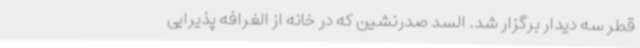
قطر سه دیدار برگزار شد. السد صدرنشین که در خانه از الغرافه پذیرایی